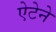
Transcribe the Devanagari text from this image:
ऐटेने